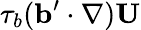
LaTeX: \tau_{b}({\mathbf{b}}^{\prime}\cdot\nabla){\mathbf{U}}